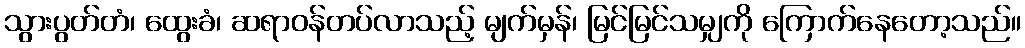
သွားပွတ်တံ၊ ထွေးခံ၊ ဆရာဝန်တပ်လာသည့် မျက်မှန်၊ မြင်မြင်သမျှကို ကြောက်နေတော့သည်။